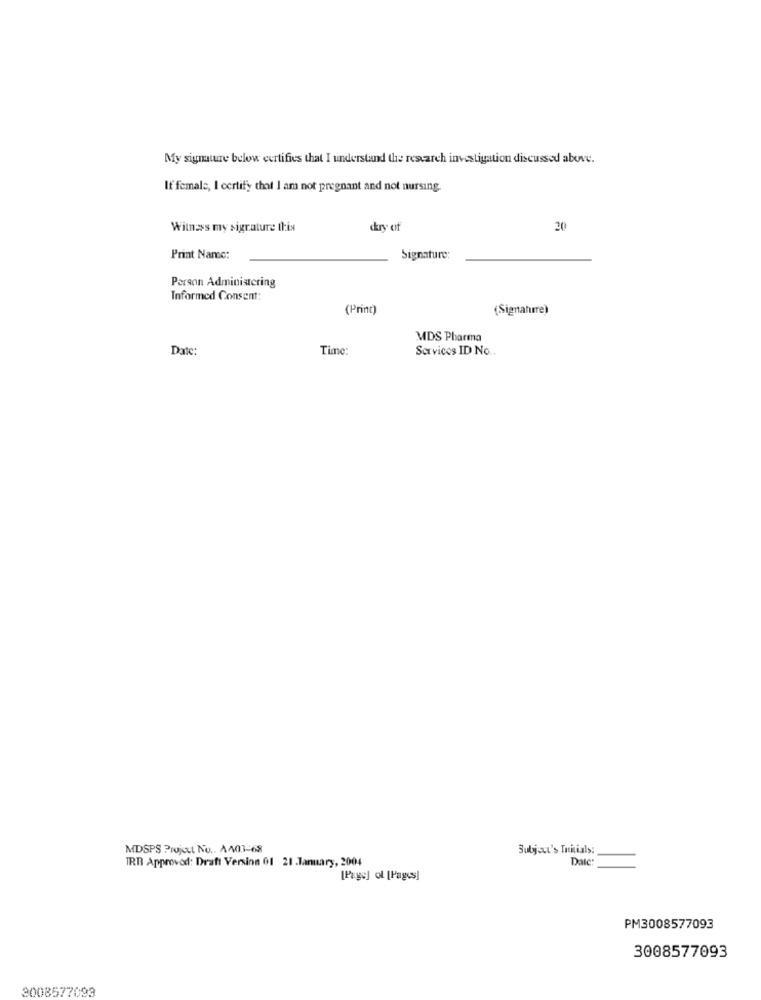
My signature below certifies that I understand the research investigation discussed above.
If female, I certify that I am not pregnant and not nursing.
Witness my sigrature this
dury of
20
Print Name:
Signature:
Person Administering
Informed Consent:
(Princ)
(Signature)
MDS Pharma
Date:
Time:
Services ID No ..
MDSPS Project No .. A401-68
Subject's Initials:
TRT Approved: Draft Version 01 21 .January, 2004
Date
[Page] of [Pages]
PM3008577093
3008577093
3008577099